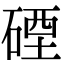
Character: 䃌